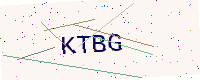
Text: KTBG